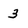
Character: 3